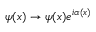
\psi ( x ) \rightarrow \psi ( x ) e ^ { i \alpha ( x ) }